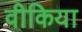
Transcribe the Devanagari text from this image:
वीकिया